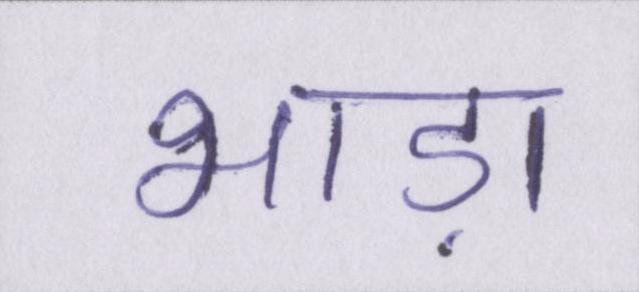
भाड़ा